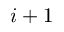
i + 1